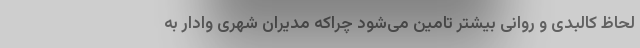
لحاظ کالبدی و روانی بیشتر تامین می‌شود چراکه مدیران شهری وادار به